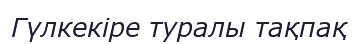
Гүлкекіре туралы тақпақ